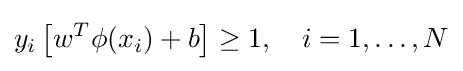
y_{i}\left[{w^{T}\phi (x_{i})+b}\right]\geq 1,\quad i=1,\ldots ,N